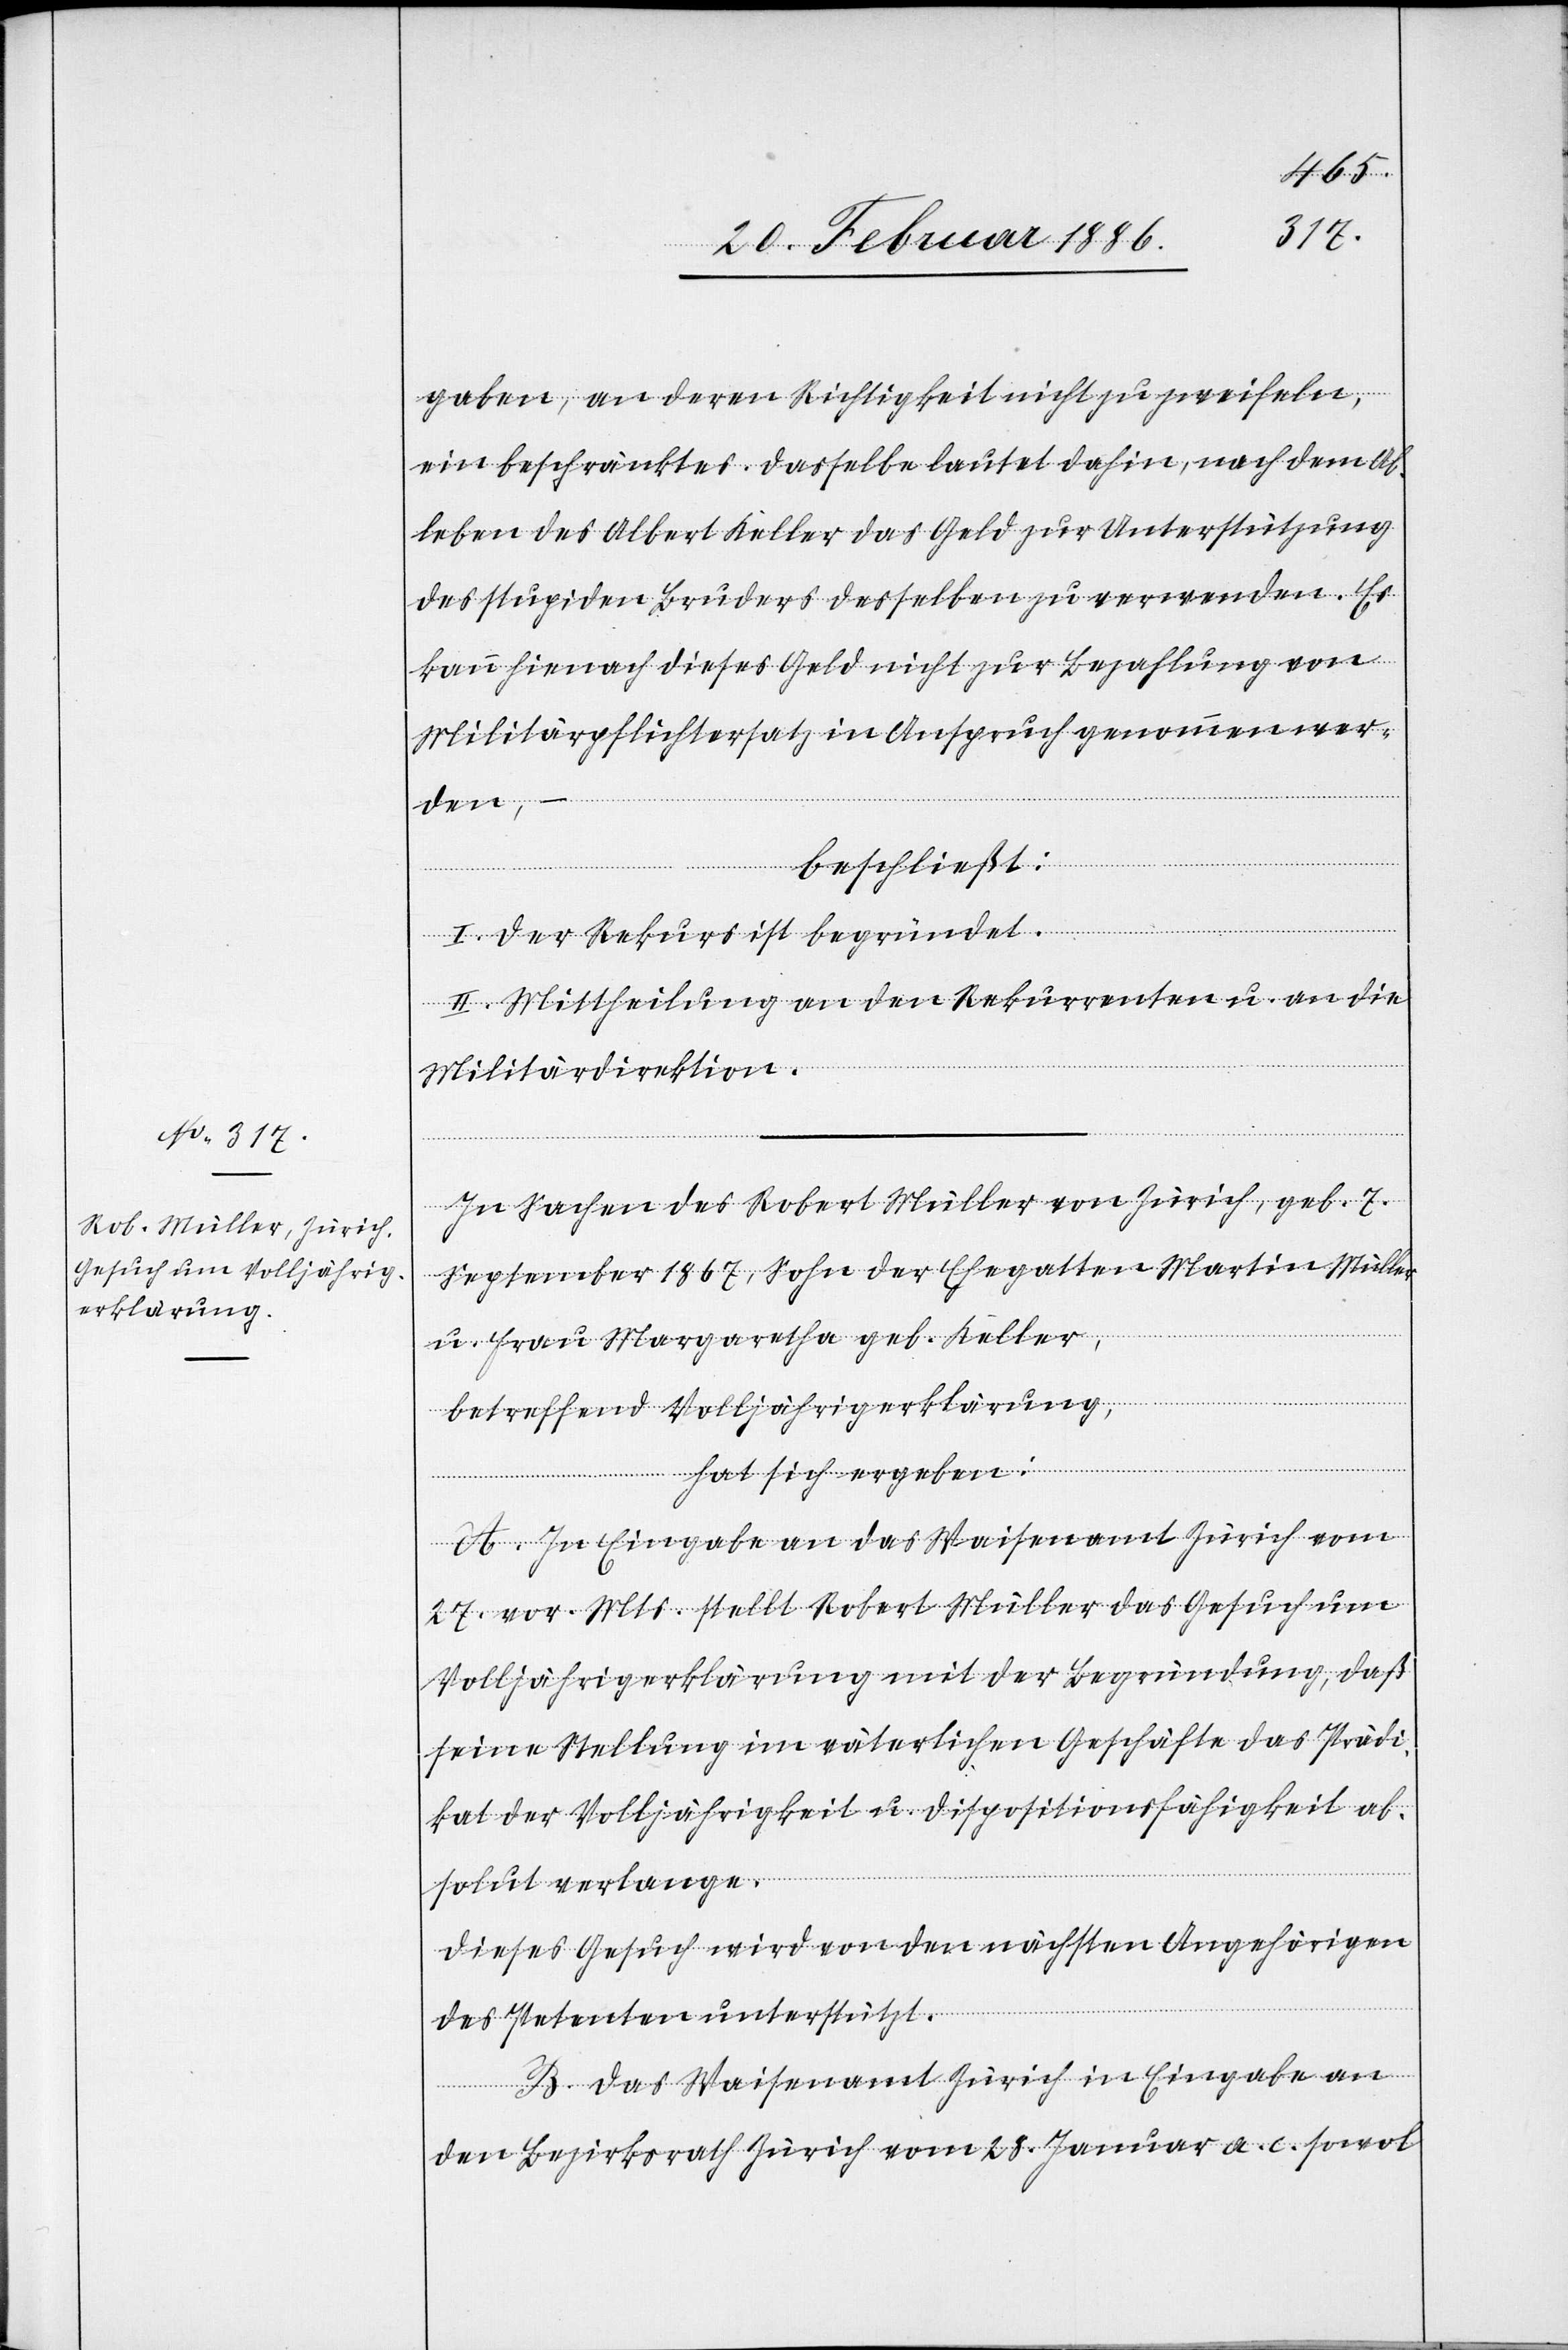
gaben, an deren Richtigkeit nicht zu zweifeln,
ein beschränktes. Dasselbe lautet dahin, nach dem Ab¬
leben des Albert Keller das Geld zur Unterstützung
des stupiden Bruders desselben zu verwenden. Es
kann hienach dieses Geld nicht zur Bezahlung von
Militärpflichtersatz in Anspruch genommen wer¬
den,
beschließt:
I. Der Rekurs ist begründet.
II. Mittheilung an den Rekurrenten u. an die
Militärdirektion.
In Sachen des Robert Müller von Zürich, geb. 7.
September 1867, Sohn der Ehegatten Martin Müller
u. Frau Margarethe geb. Keller,
betreffend Volljährigerklärung,
hat sich ergeben:
A. In Eingabe an das Waisenamt Zürich vom
27. vor. Mts. stellt Robert Müller das Gesuch um
Volljährigerklärung mit der Begründung, daß
seine Stellung im väterlichen Geschäfte das Prädi¬
kat der Volljährigkeit u. Dispositionsfähigkeit ab¬
solut verlange.
Dieses Gesuch wird von den nächsten Angehörigen
des Petenten unterstützt.
B. Das Waisenamt Zürich in Eingabe an
den Bezirksrath Zürich vom 28. Januar a. c. sowol